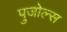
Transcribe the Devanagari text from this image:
पुजोल्स